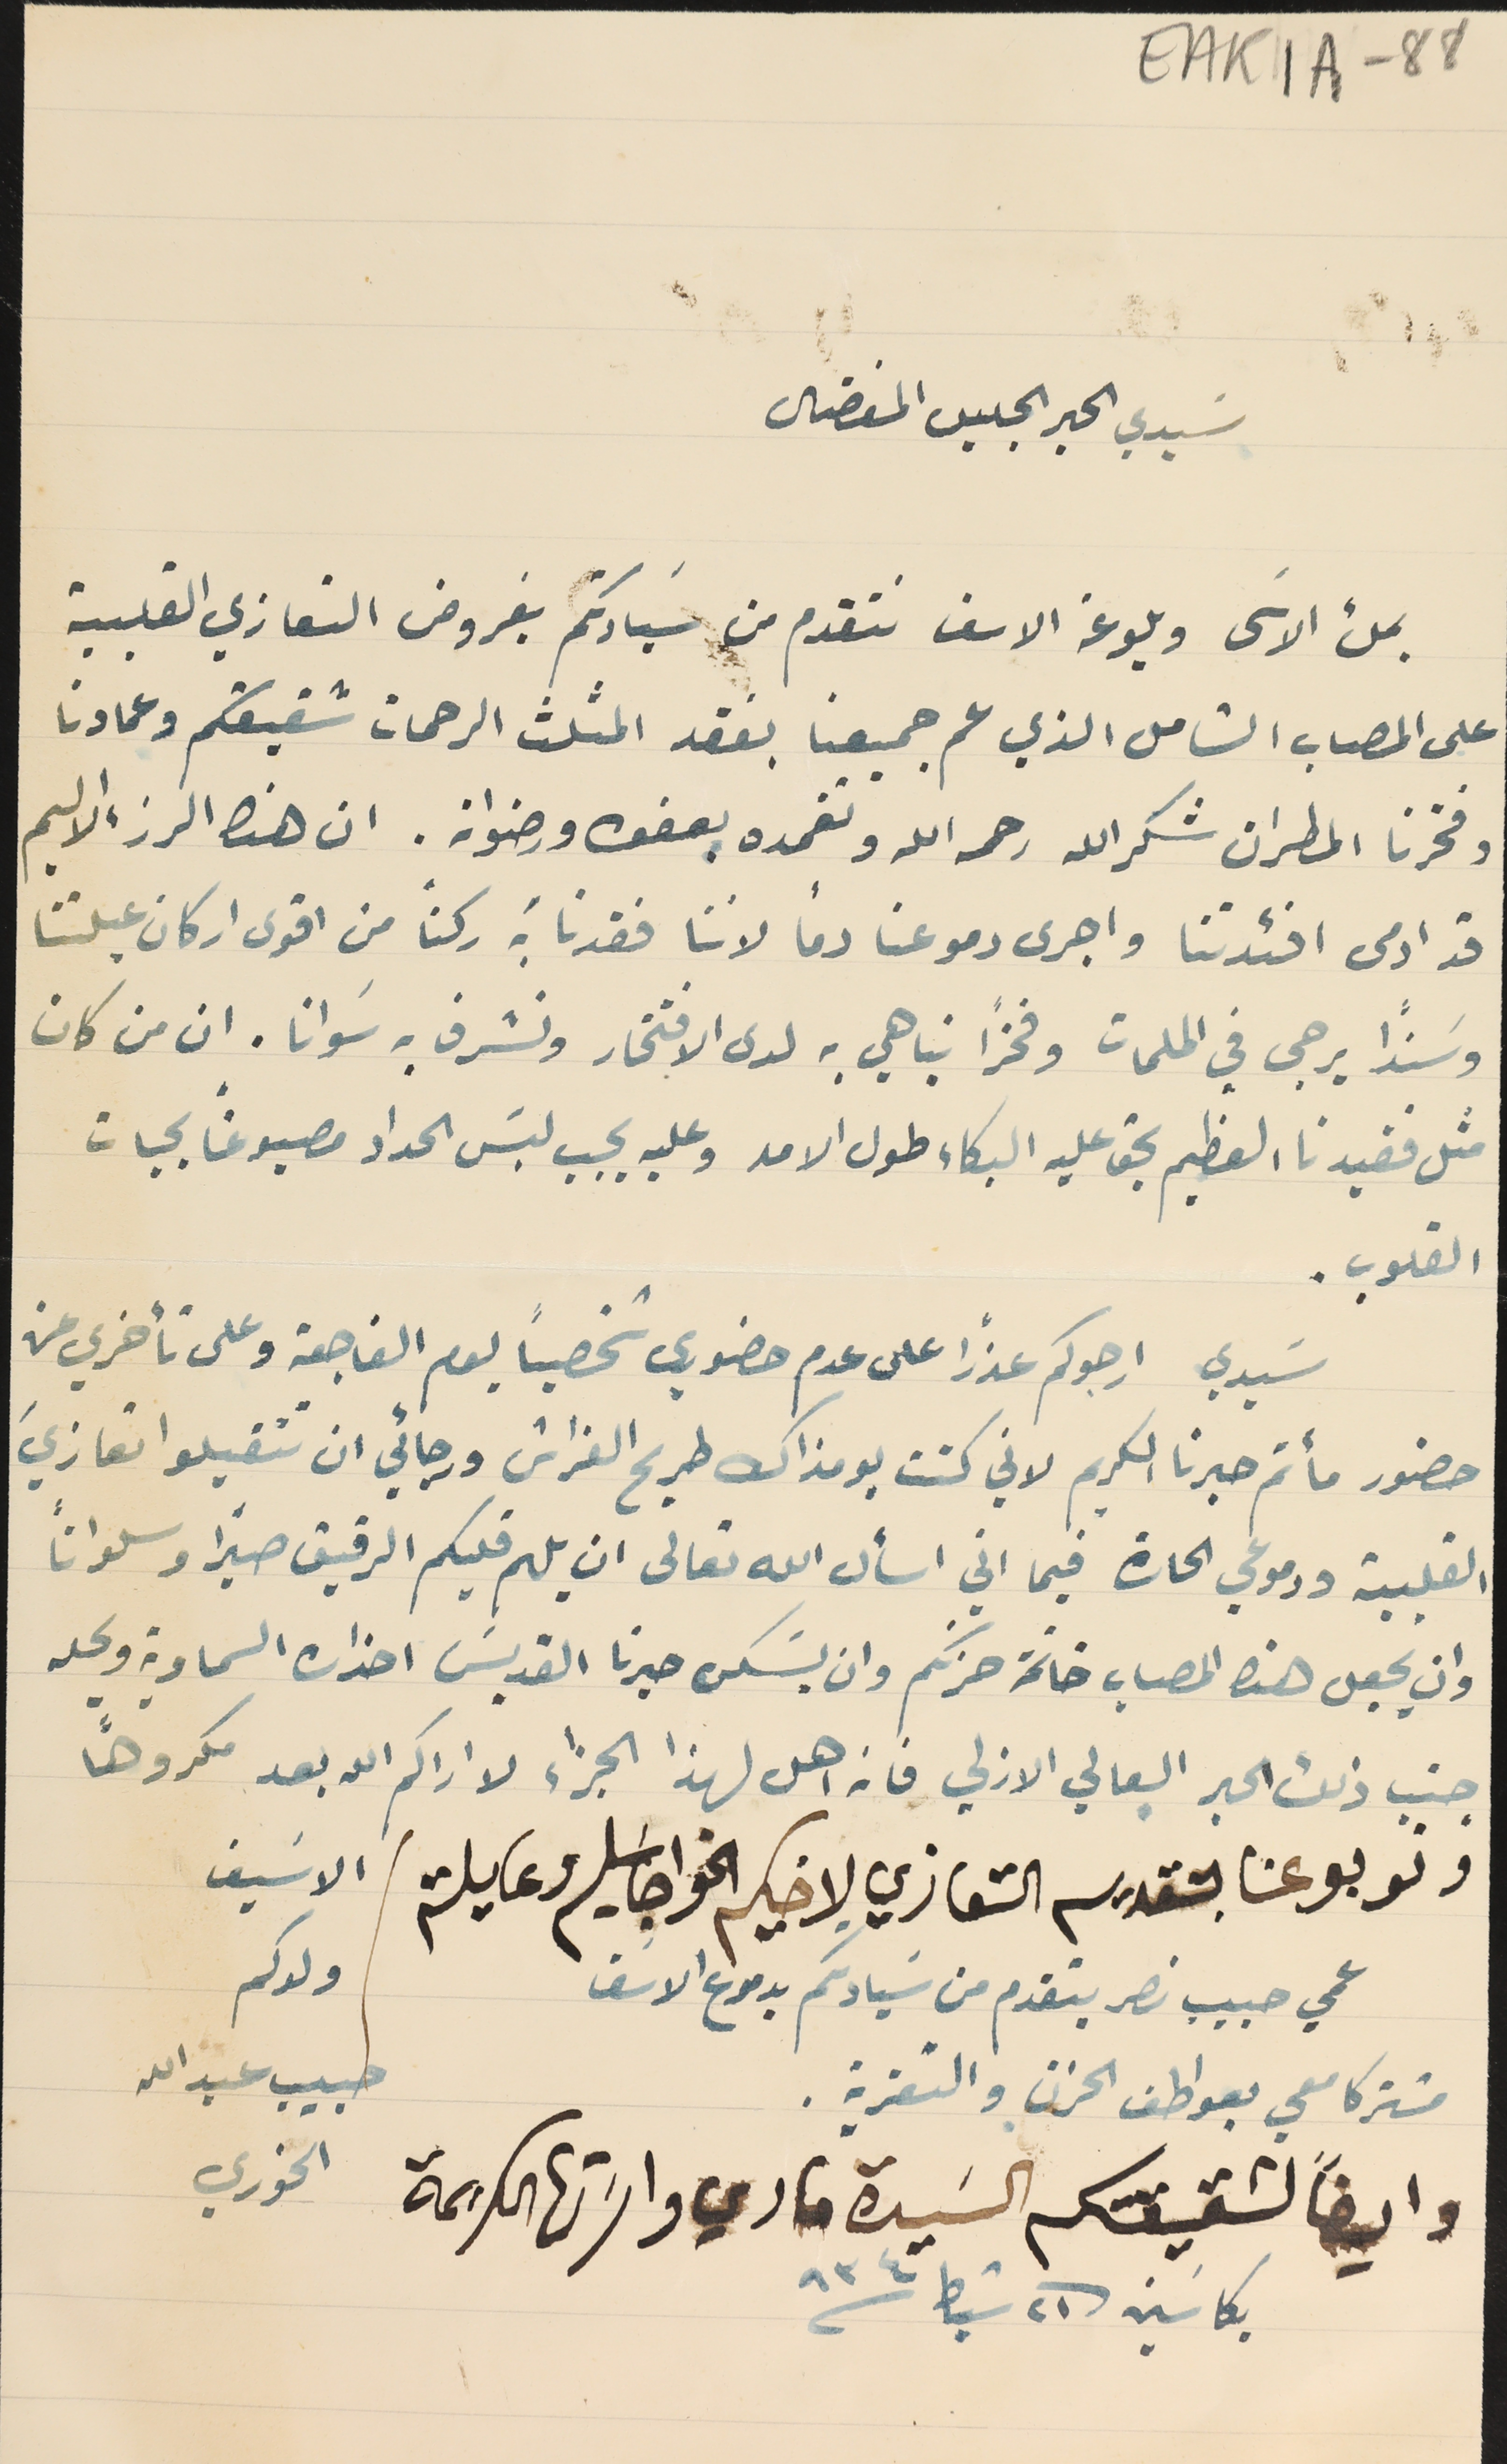
EAK1A-88
  سَيدي الحبر الجليل المفضال
 بملء الاسَى وبلوعة الاسف نتقدم من سَيادتكم بفروض التعازي القلبية
 على المصاب الشامل الذي عم جميعنا بفقد المثلث الرحمات شقيقكم وعمادنا
 وفخرنا المطران شكرالله رحمه الله وتغمده بعفوهِ ورضوانهِ. ان هذا الرزء الاليم
قد ادمى افئدتنا واجرى دموعنا دمًا لاننا فقدنا بَه ركنًا من اقوى اركان عيلتنا
وسَنداً يرجى في الملمات وفخرًا نباهي به لدى الافتخار ونشرف به سَوانا. ان من كان
 مثل فقيدنا العظيم يحق عليه البكاء طول الامد وعليه يجب لبسَ الحداد مصبوغاً بحبات
 القلوب.
 سَيدي ارجوكم عذرًا على عدم حضوري شخصياً يوم الفاجعة وعلى تأخري عن
حضور مأتم حبرنا الكريم لاني كنت يومذاك طريح الفراش ورجائي ان تتقبلوا تعازيَ
 القلبية ودموعي الحارة فيما اني اسأل الله تعالى ان يلهم قلبكم الرقيق صبراً وسلواناً
وان يجعل هذا المصاب خاتمة حزنكم وان يسَكن حبرنا القديسَ احزان السماوية ويحله
جنب ذلك الحبر البعالي الازلي فانه اهل لهذا الجزاء لا اراكم الله بعد مكروهًا
ونوبو عنا بتقديم التعازي لاخيكم الخواجا سَليم وعايلته
 عمي حبيب نصر يتقدم من سَيادتكم بدموع الاسَف
مشتركا معي بعواطف الحزن والتعزية.
 وايضاً لشقيقتكم السَيدة ماري واسَرتها الكريمة
بكاسَين فى ٢١ شباط سنة ٩٣٤
الاسَيف
ولدكم
حبيب عبد الله
الخوري